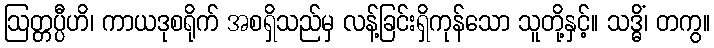
ဩတ္တပ္ပီဟိ၊ ကာယဒုစရိုက် အစရှိသည်မှ လန့်ခြင်းရှိကုန်သော သူတို့နှင့်။ သဒ္ဓိံ၊ တကွ။